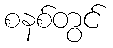
စနစ်တွင်